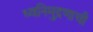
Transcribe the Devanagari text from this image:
ध्वनिमुद्रणाची